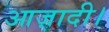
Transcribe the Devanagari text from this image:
आज़ादी।